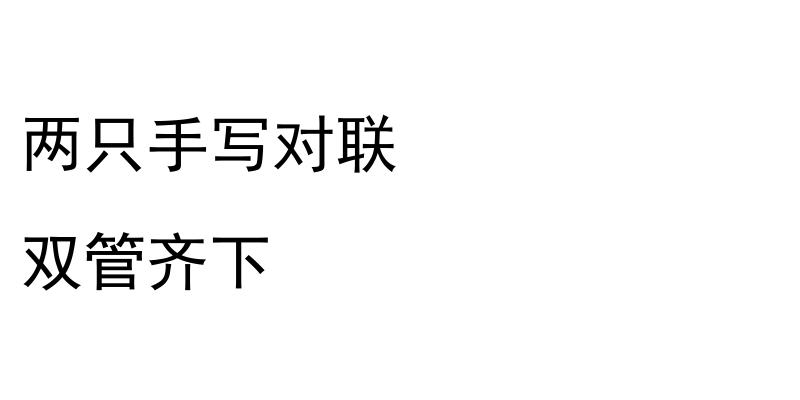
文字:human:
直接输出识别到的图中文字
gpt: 两只手写对联 双管齐下